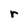
Character: r